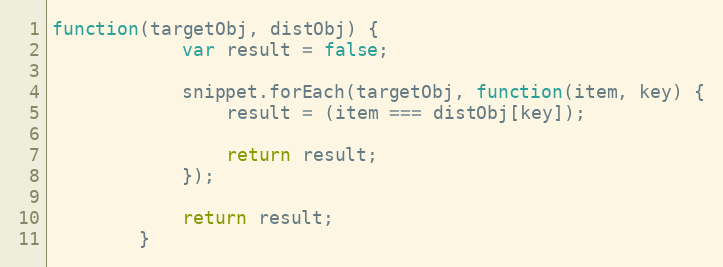
Language: JavaScript
function(targetObj, distObj) {
            var result = false;

            snippet.forEach(targetObj, function(item, key) {
                result = (item === distObj[key]);

                return result;
            });

            return result;
        }